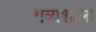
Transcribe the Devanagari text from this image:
गव्यशाला